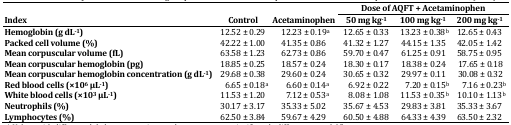
|  | <COLSPAN=2>  |  | <COLSPAN=3> Dose of AQFT + Acetaminophen |
 | <COLSPAN=2> Index | Control | Acetaminophen | 50 mg kg-1 | 100 mg kg-1 | 200 mg kg-1 |
 | --- | --- | --- | --- | --- | --- | --- |
 | <COLSPAN=2> Hemoglobin (g dL-1) | 12.52 ± 0.29 | 12.23 ± 0.19a | 12.65 ± 0.33 | 13.23 ± 0.38b | 12.65 ± 0.43 |
 | <COLSPAN=2> Packed cell volume (%) | 42.22 ± 1.00 | 41.35 ± 0.86 | 41.32 ± 1.27 | 44.15 ± 1.35 | 42.05 ± 1.42 |
 | <COLSPAN=2> Mean corpuscular volume (fL) | 63.58 ± 1.23 | 62.73 ± 0.86 | 59.70 ± 0.47 | 61.25 ± 0.91 | 58.75 ± 0.95 |
 | <COLSPAN=2> Mean corpuscular hemoglobin (pg) | 18.85 ± 0.25 | 18.57 ± 0.24 | 18.30 ± 0.17 | 18.38 ± 0.24 | 17.65 ± 0.18 |
 | <COLSPAN=2> Mean corpuscular hemoglobin concentration (g dL-1) | 29.68 ± 0.38 | 29.60 ± 0.24 | 30.65 ± 0.32 | 29.97 ± 0.11 | 30.08 ± 0.32 |
 | <COLSPAN=2> Red blood cells (×106 μL-1) | 6.65 ± 0.18a | 6.60 ± 0.14a | 6.92 ± 0.22 | 7.20 ± 0.15b | 7.16 ± 0.23b |
 | <COLSPAN=2> White blood cells (×103 μL-1) | 11.53 ± 1.20 | 7.12 ± 0.53a | 8.08 ± 1.08 | 11.53 ± 0.35b | 10.10 ± 1.13b |
 | <COLSPAN=2> Neutrophils (%) | 30.17 ± 3.17 | 35.33 ± 5.02 | 35.67 ± 4.53 | 29.83 ± 3.81 | 35.33 ± 3.67 |
 | <COLSPAN=2> Lymphocytes (%) | 62.50 ± 3.84 | 59.67 ± 4.29 | 60.50 ± 4.88 | 64.33 ± 4.39 | 63.50 ± 2.32 |